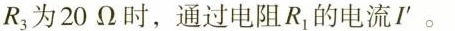
R_{3}为20Ω时，通过电阻R_{1}的电流I^{\prime}。